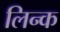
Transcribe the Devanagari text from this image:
लिन्क